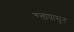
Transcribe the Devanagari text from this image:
वृत्तापासून